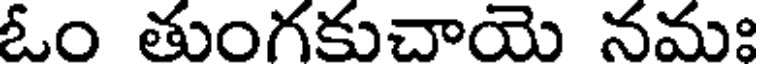
ఓం తుంగకుచాయె నమః